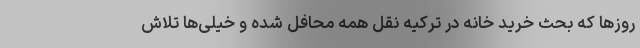
روزها که بحث خرید خانه در ترکیه نقل همه محافل شده و خیلی‌ها تلاش